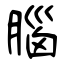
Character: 腦